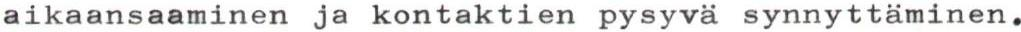
aikaansaaminen ja kontaktien pysyvä synnyttäminen.